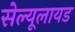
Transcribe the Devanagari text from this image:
सेल्यूलायड